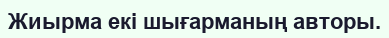
Жиырма екі шығарманың авторы.